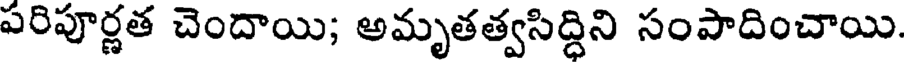
పరిపూర్ణత చెందాయి; అమృతత్వసిద్ధిని సంపాదించాయి.